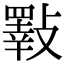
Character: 𣀇